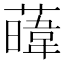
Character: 𦾛